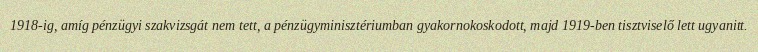
1918-ig, amíg pénzügyi szakvizsgát nem tett, a pénzügyminisztériumban gyakornokoskodott, majd 1919-ben tisztviselő lett ugyanitt.